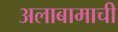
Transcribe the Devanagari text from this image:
अलाबामाची